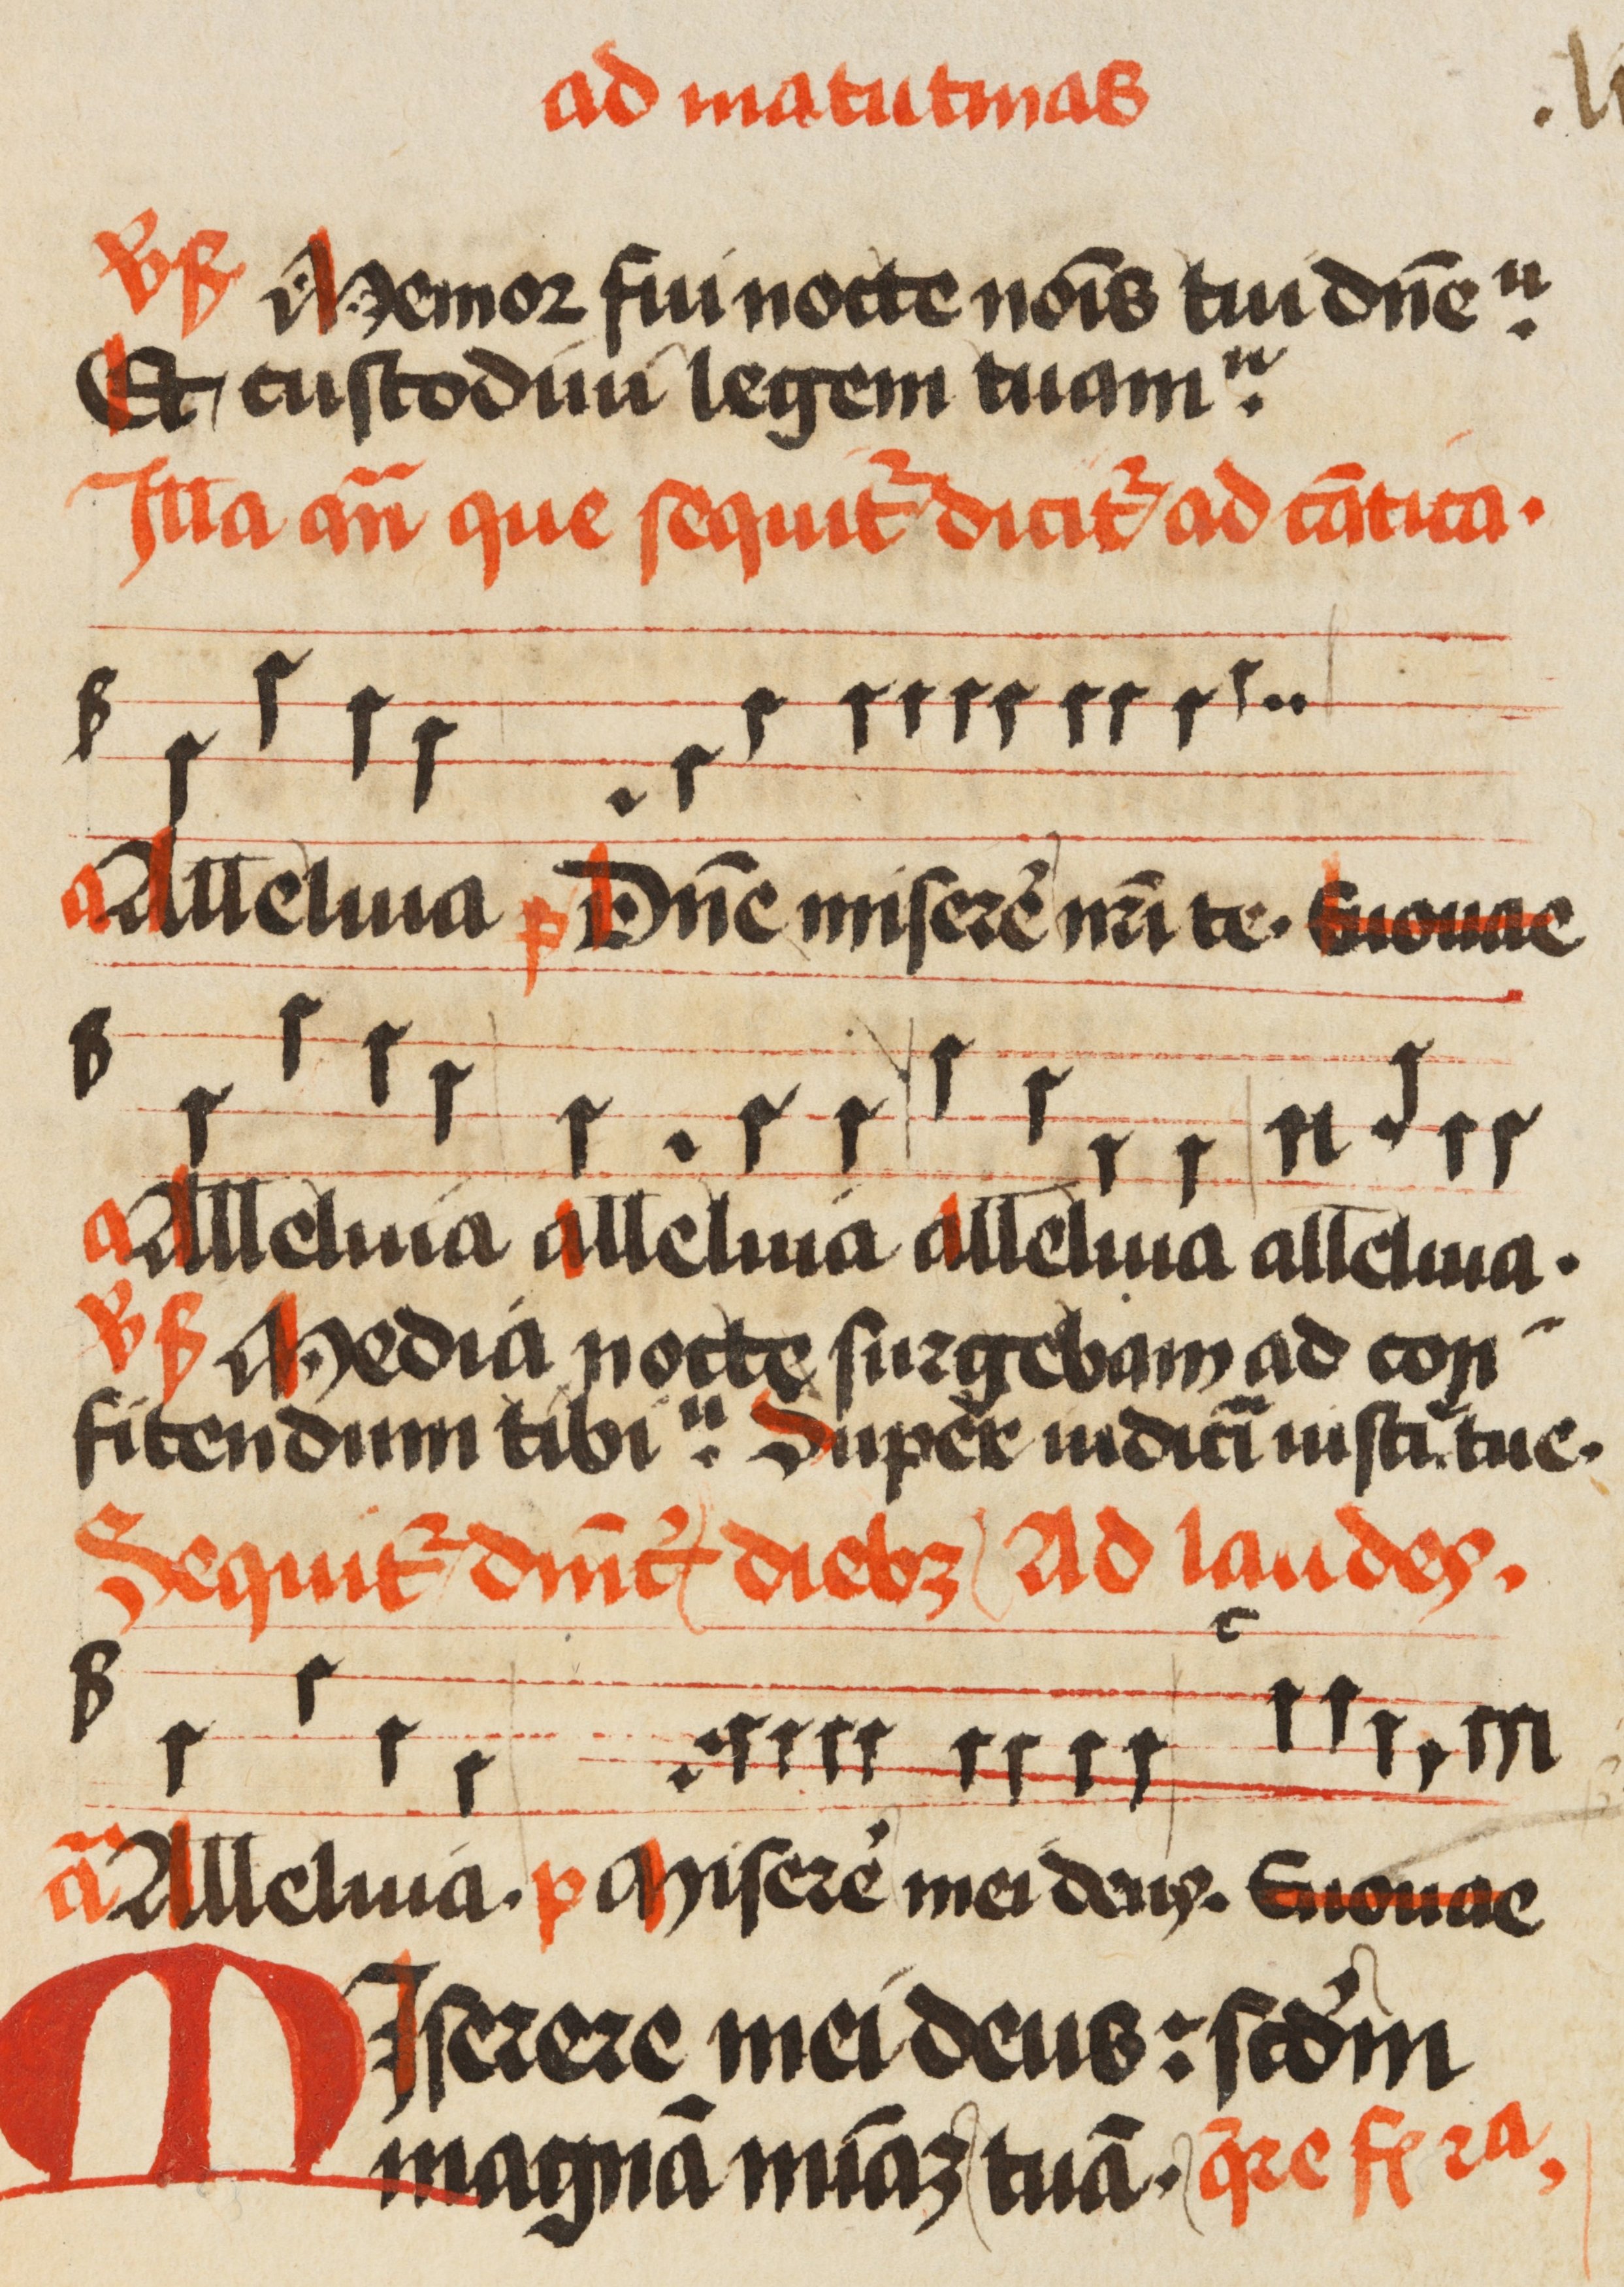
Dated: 1471–1471